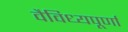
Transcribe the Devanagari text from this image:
वैविध्यपूर्णा